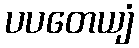
ပပတေယျံ